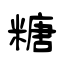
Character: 糖